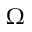
\Omega